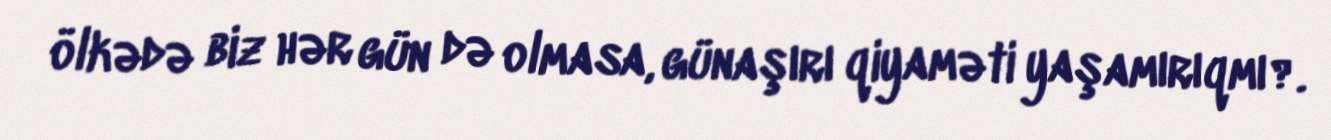
ölkədə biz hər gün də olmasa, günaşırı qiyaməti yaşamırıqmı?.